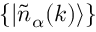
\{ | \widetilde { n } _ { \alpha } ( k ) \rangle \}